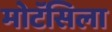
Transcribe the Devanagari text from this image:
मोटॅसिला